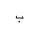
Letter: _ba